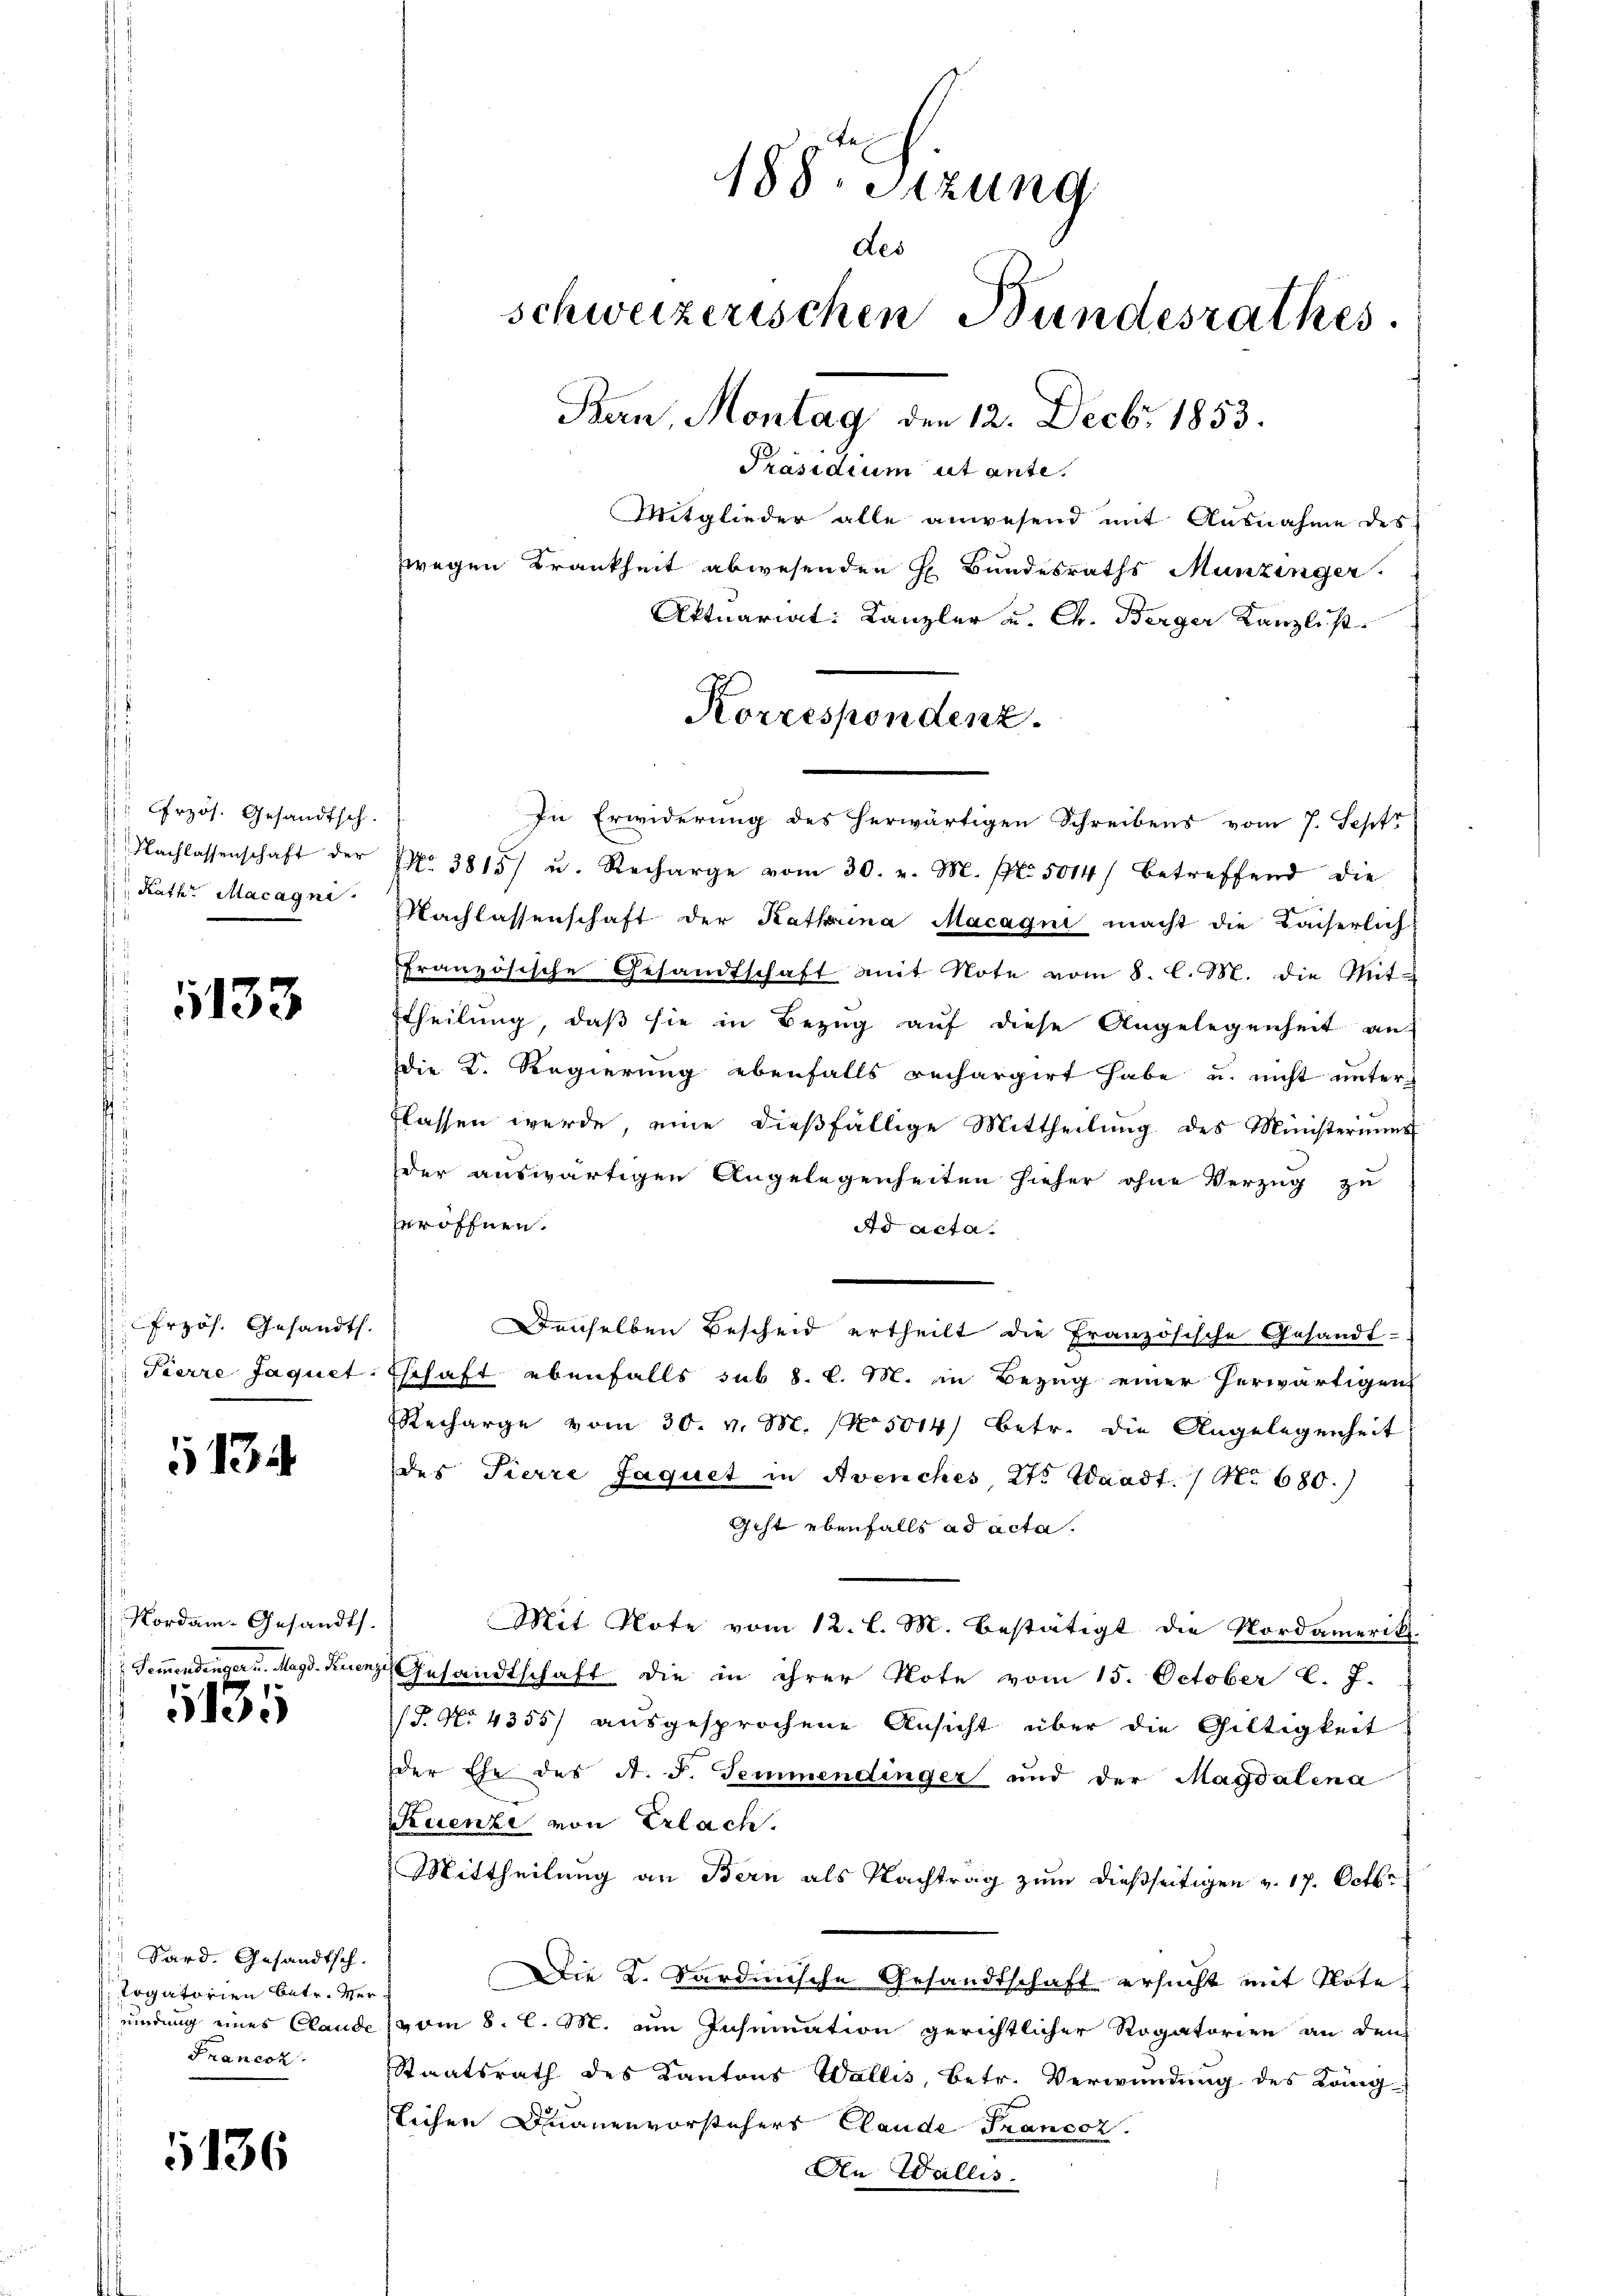
Przös. Gesandtsch.
Nachlassenschaft der
Rathe Macagni

1133

Przös. Gesandth.
 Pierre Jaquet:

134

Nordam Gesandts
 Sommendengers. Magd. Kurenz

135

Sard. Gesandtsch.
Ergatorien betr. Ver
nindung eines Rande
Francor

1136

188. Sitzung
des
schweizerischen Bundesrathes
Bern, Montag den 12. Decbr 1853.
Präsidium ut ante.
Mitglieder alle anwesend mit Ausnahme des
zwegen Krankheit abwesenden H. Bundesraths Munzinger.
Aktuariat: Kanzler u. Ch. Berger Kanzlist

Korrespondenz.

In Erwiderung des herwärtigen Schreibens vom 7. Sept
NNo. 3815 u. Recharge vom 30. v. M. fl. 5014) betreffend die
Nachlassenschaft der Kathrina Macagni macht die Kaiserlich
ffranzösische Gesandtschaft mit Note vom 8. l. M. die Mit-
ttheilung, daß sie in Bezug auf diese Angelegenheit an
die K. Regierung ebenfalls rechargirt habe u. nicht unterflassen werde, eine dießfällige Mittheilung des Münsteriums
der auswärtigen Angelegenheiten hieher ohne Verzug zu
seröffnen.
Ad Acta.
Denselben Bescheid ertheilt die Französische Gesandt-
schaft ebenfalls sub 8. l. M. in Bezug einer herwärtigen
Recharge vom 30. v. M. 15014) betr. die Angelegenheit
des Tierre Jaquet in Avenches Kts. Waadt. / No 680.)
Geht ebenfalls ad acta.
Mit Note vom 12. l. M. bestätigt die Nordamerik.
Gesandtschaft die in ihrer Note vom 15. October l. J.
(§. No 4355) ausgesprochene Ansicht über die Gültigkeit
der Ehe des A. F. Semmendinger und der Magdalena
Ruenze von Erlach.
Mittheilung an Bern als Nachtrag zum dießseitigen v. 17. Octbr
Die K. Sardinische Gesandtschaft ersucht mit Note
vom 8. l. M. um Insinuation gerichtlicher Rogatorien an den
Staatsrath des Kantons Wallis Betr. Verwundung des Läng
lichen Inanenvorstehers Claude Francoz.
An Wallis.